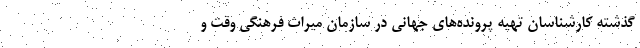
گذشته کارشناسان تهیه پرونده‌های جهانی در سازمان میراث فرهنگی وقت و